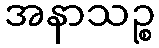
အနာသဉ္စ